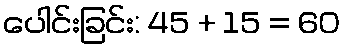
ပေါင်းခြင်း: 45 + 15 = 60